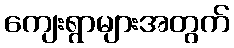
ကျေးရွာများအတွက်